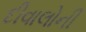
દીવાલોની